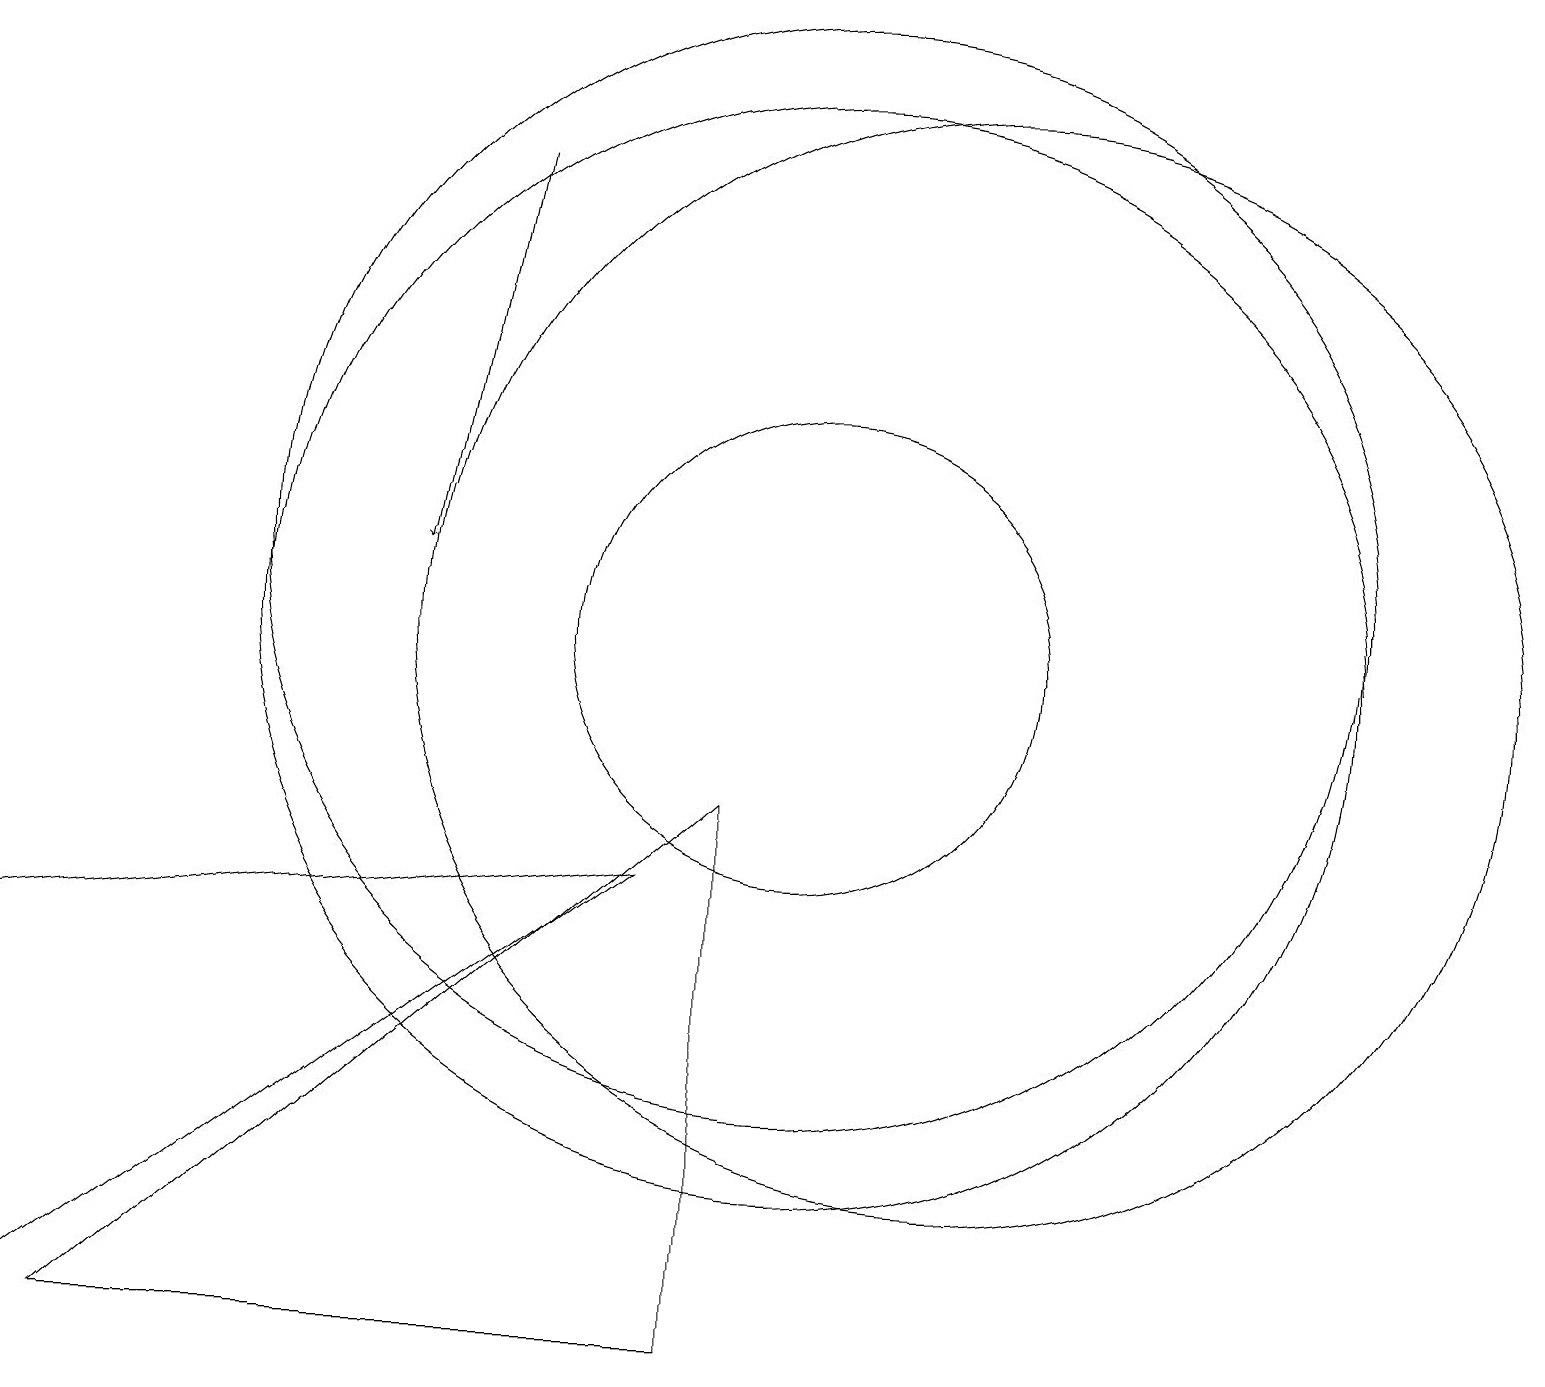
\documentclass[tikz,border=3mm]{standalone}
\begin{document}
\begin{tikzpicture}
\draw (10,11) circle (7);
\draw (10,10) circle (3);
\draw[->] (6,16) -- (5,11);
\draw (8,7) -- (0,1) -- (0,6) -- cycle;
\draw (12,10) circle (7);
\draw (10,10) circle (7);
\draw (9,8) -- (9,1) -- (1,1) -- cycle;
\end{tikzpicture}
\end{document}